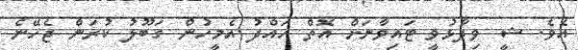
އެވެ. ޝީ ވިދާޅުވީ ޓައިވާނަށް އޮތް ހައްދު އެމީހުން ގަބޫލު ކުރަން ޖެހޭނެ